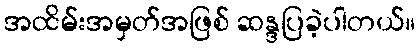
အထိမ်းအမှတ်အဖြစ် ဆန္ဒပြခဲ့ပါတယ်။